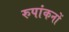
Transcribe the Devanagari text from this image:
रुपांकनों